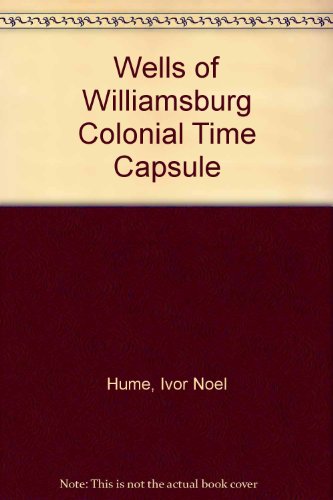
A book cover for The Wells of Williamsburg: Colonial Time Capsules; Ivor Noel Hume; Travel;